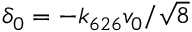
\delta _ { 0 } = - \ensuremath { k _ { 6 2 6 } } v _ { 0 } / \sqrt { 8 }